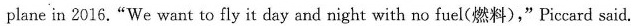
plane in 2016."We want to fly it day and night with no fuel(燃料),"Piccard said.